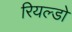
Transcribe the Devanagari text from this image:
रियल्डो